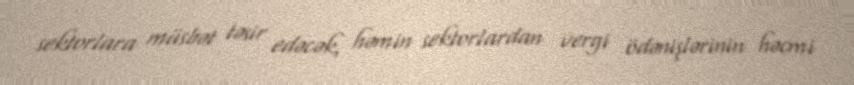
sektorlara müsbət təsir edəcək, həmin sektorlardan vergi ödənişlərinin həcmi